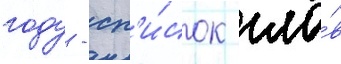
году - сп'и́сок гла́в